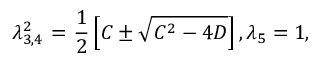
\lambda _ { 3 , 4 } ^ { 2 } \mathrm { ~ = ~ } \frac { 1 } { 2 } \left[ C \pm \sqrt { { { C } ^ { 2 } } - 4 D } \right] , { { \lambda } _ { 5 } } = 1 ,